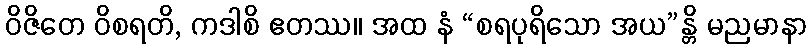
ဝိဇိတေ ဝိစရတိ, ကဒါစိ ဧတဿ။ အထ နံ “စရပုရိသော အယ”န္တိ မညမာနာ